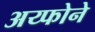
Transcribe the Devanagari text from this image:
अय्फोने